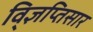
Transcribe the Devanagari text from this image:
वि्ज्ञप्तिसार